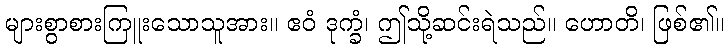
များစွာစားကြူးသောသူအား။ ဧဝံ ဒုက္ခံ၊ ဤသို့ဆင်းရဲသည်။ ဟောတိ၊ ဖြစ်၏။